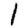
Digit: 1